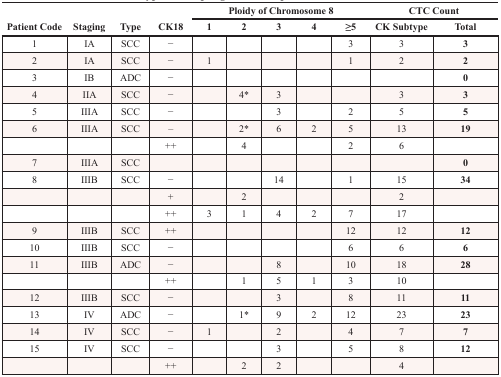
<table><thead><tr><td rowspan="2"><b>Patient Code</b></td><td rowspan="2"><b>Staging</b></td><td rowspan="2"><b>Type</b></td><td rowspan="2"><b>CK18</b></td><td colspan="5"><b>Ploidy of Chromosome 8</b></td><td colspan="2"><b>CTC Count</b></td></tr><tr><td><b>1</b></td><td><b>2</b></td><td><b>3</b></td><td><b>4</b></td><td><b>≥5</b></td><td><b>CK Subtype</b></td><td><b>Total</b></td></tr></thead><tbody><tr><td>1</td><td>IA</td><td>SCC</td><td>−</td><td></td><td></td><td></td><td></td><td>3</td><td>3</td><td><b>3</b></td></tr><tr><td>2</td><td>IA</td><td>SCC</td><td>−</td><td>1</td><td></td><td></td><td></td><td>1</td><td>2</td><td><b>2</b></td></tr><tr><td>3</td><td>IB</td><td>ADC</td><td>−</td><td></td><td></td><td></td><td></td><td></td><td></td><td><b>0</b></td></tr><tr><td>4</td><td>IIA</td><td>SCC</td><td>−</td><td></td><td>4*</td><td>3</td><td></td><td></td><td>3</td><td><b>3</b></td></tr><tr><td>5</td><td>IIIA</td><td>SCC</td><td>−</td><td></td><td></td><td>3</td><td></td><td>2</td><td>5</td><td><b>5</b></td></tr><tr><td>6</td><td>IIIA</td><td>SCC</td><td>−</td><td></td><td>2*</td><td>6</td><td>2</td><td>5</td><td>13</td><td><b>19</b></td></tr><tr><td></td><td></td><td></td><td>++</td><td></td><td>4</td><td></td><td></td><td>2</td><td>6</td><td></td></tr><tr><td>7</td><td>IIIA</td><td>SCC</td><td></td><td></td><td></td><td></td><td></td><td></td><td></td><td><b>0</b></td></tr><tr><td>8</td><td>IIIB</td><td>SCC</td><td>−</td><td></td><td></td><td>14</td><td></td><td>1</td><td>15</td><td><b>34</b></td></tr><tr><td></td><td></td><td></td><td>+</td><td></td><td>2</td><td></td><td></td><td></td><td>2</td><td></td></tr><tr><td></td><td></td><td></td><td>++</td><td>3</td><td>1</td><td>4</td><td>2</td><td>7</td><td>17</td><td></td></tr><tr><td>9</td><td>IIIB</td><td>SCC</td><td>++</td><td></td><td></td><td></td><td></td><td>12</td><td>12</td><td><b>12</b></td></tr><tr><td>10</td><td>IIIB</td><td>SCC</td><td>−</td><td></td><td></td><td></td><td></td><td>6</td><td>6</td><td><b>6</b></td></tr><tr><td>11</td><td>IIIB</td><td>ADC</td><td>−</td><td></td><td></td><td>8</td><td></td><td>10</td><td>18</td><td><b>28</b></td></tr><tr><td></td><td></td><td></td><td>++</td><td></td><td>1</td><td>5</td><td>1</td><td>3</td><td>10</td><td></td></tr><tr><td>12</td><td>IIIB</td><td>SCC</td><td>−</td><td></td><td></td><td>3</td><td></td><td>8</td><td>11</td><td><b>11</b></td></tr><tr><td>13</td><td>IV</td><td>ADC</td><td>−</td><td></td><td>1*</td><td>9</td><td>2</td><td>12</td><td>23</td><td><b>23</b></td></tr><tr><td>14</td><td>IV</td><td>SCC</td><td>−</td><td>1</td><td></td><td>2</td><td></td><td>4</td><td>7</td><td><b>7</b></td></tr><tr><td>15</td><td>IV</td><td>SCC</td><td>−</td><td></td><td></td><td>3</td><td></td><td>5</td><td>8</td><td><b>12</b></td></tr><tr><td></td><td></td><td></td><td>++</td><td></td><td>2</td><td>2</td><td></td><td></td><td>4</td><td></td></tr></tbody></table>